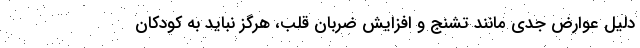
دلیل عوارض جدی مانند تشنج و افزایش ضربان قلب، هرگز نباید به کودکان